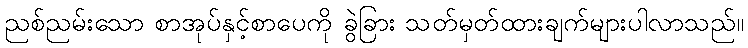
ညစ်ညမ်းသော စာအုပ်နှင့်စာပေကို ခွဲခြား သတ်မှတ်ထားချက်များပါလာသည်။